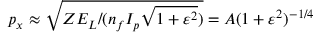
p _ { x } \approx \sqrt { Z E _ { L } / ( n _ { f } I _ { p } \sqrt { 1 + \varepsilon ^ { 2 } } ) } = A ( 1 + \varepsilon ^ { 2 } ) ^ { - 1 / 4 }